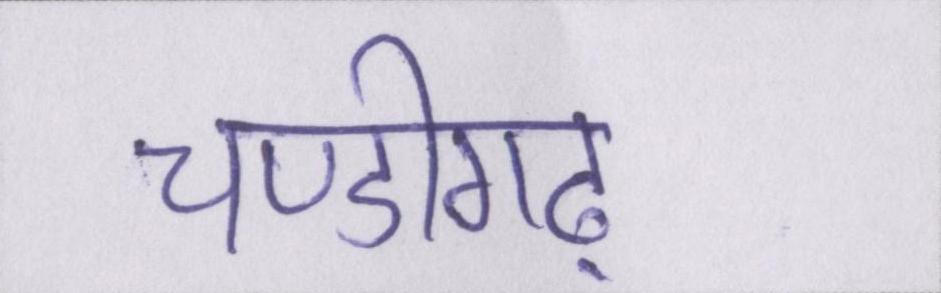
चण्डीगढ़